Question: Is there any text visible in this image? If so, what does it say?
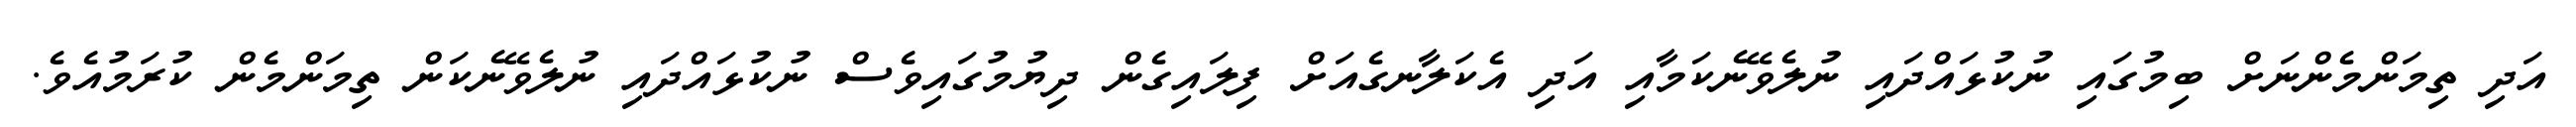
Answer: އަދި ތިމަންމެންނަށް ބިމުގައި ނުކުޅައްދައި ނުލެވޭނެކަމާއި އަދި އެކަލާނގެއަށް ފިލައިގެން ދިޔުމުގައިވެސް ނުކުޅައްދައި ނުލެވޭނެކަން ތިމަންމެން ކުރަމުއެވެ.